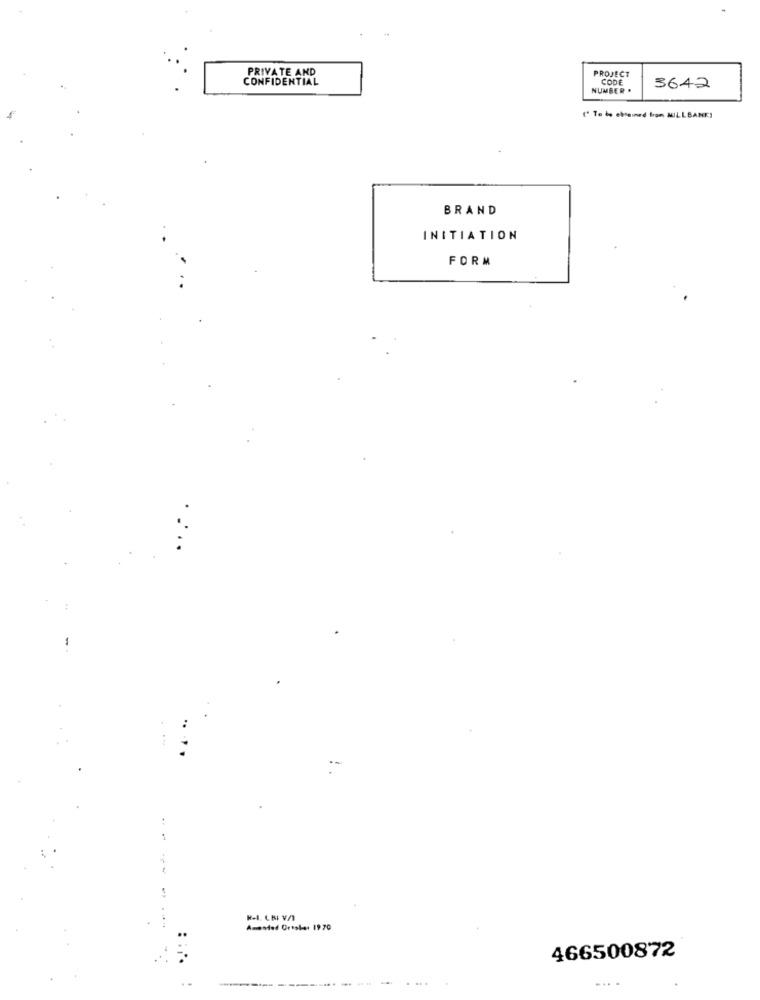
PRIVATE AND
PROJECT
CONFIDENTIAL
CODE
NUMBER .
3642
( To be chained bon MILLBANKI
BRAND
INITIATION
FORM
:-
Amended Orsale: 19 70
466500872